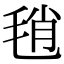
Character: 𣭱